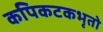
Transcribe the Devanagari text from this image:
कपिकटकभृतो